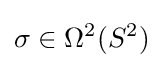
\sigma \in \Omega ^{2}(S^{2})